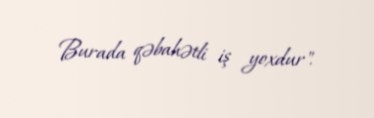
Burada qəbahətli iş yoxdur".